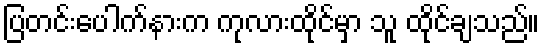
ပြတင်းပေါက်နားက ကုလားထိုင်မှာ သူ ထိုင်ချသည်။